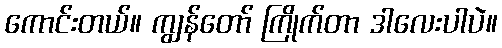
ကောင်းတယ်။ ကျွန်တော် ကြိုက်တာ ဒါလေးပါပဲ။